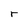
Character: r